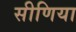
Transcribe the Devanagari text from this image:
सीणिया